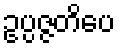
ဥပ္ပဇ္ဇတိပေ